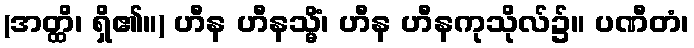
(အတ္ထိ၊ ရှိ၏။) ဟီန ဟီနသ္မိံ၊ ဟီန ဟီနကုသိုလ်၌။ ပဏီတံ၊